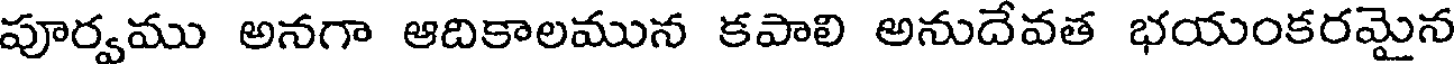
పూర్వము అనగా ఆదికాలమున కపాలి అనుదేవత భయంకరమైన